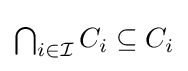
{\textstyle \bigcap _{i\in {\mathcal {I}}}C_{i}\subseteq C_{i}}